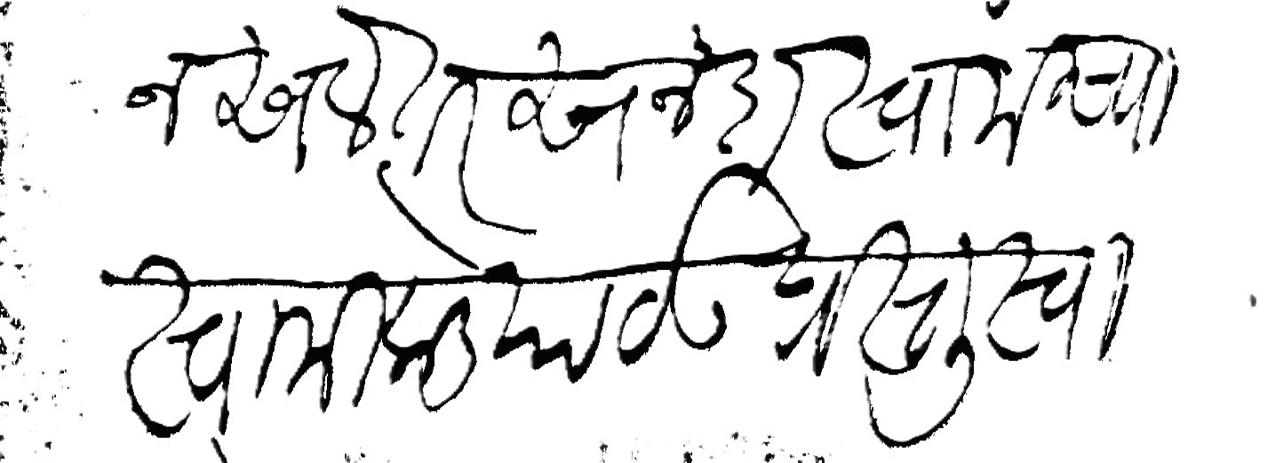
Transliteration (Devanagari): नसले तर सनदा स्वामीच्या स्वामीकडे पाठऊ प्रस्तुत